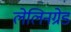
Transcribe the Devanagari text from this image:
लेलिनग्रेड